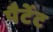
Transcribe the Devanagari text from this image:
पैटेंट